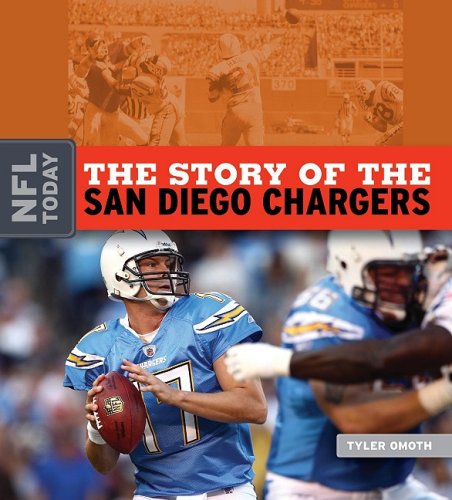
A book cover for The Story of the San Diego Chargers (The NFL Today); Tyler Omoth; Teen & Young Adult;